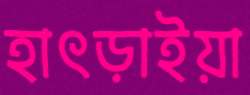
হাৎড়াইয়া